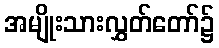
အမျိုးသားလွှတ်တော်၌